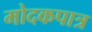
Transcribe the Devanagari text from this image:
मोदकपात्र